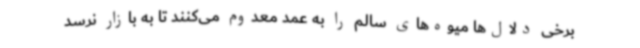
برخی دلال‌ها میوه‌های سالم را به عمد معدوم می‌کنند تا به بازار نرسد